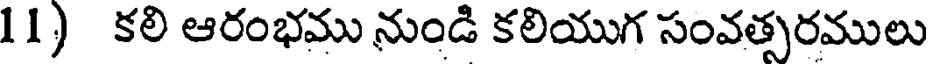
11) కలి ఆరంభము నుండి కలియుగ సంవత్సరములు